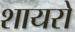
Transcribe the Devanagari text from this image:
शायरो